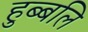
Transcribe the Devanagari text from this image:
हुब्बलि